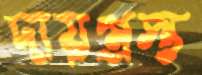
দায়গ্রস্ত